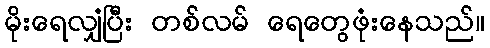
မိုးရေလျှံပြီး တစ်လမ် ရေတွေဖုံးနေသည်။